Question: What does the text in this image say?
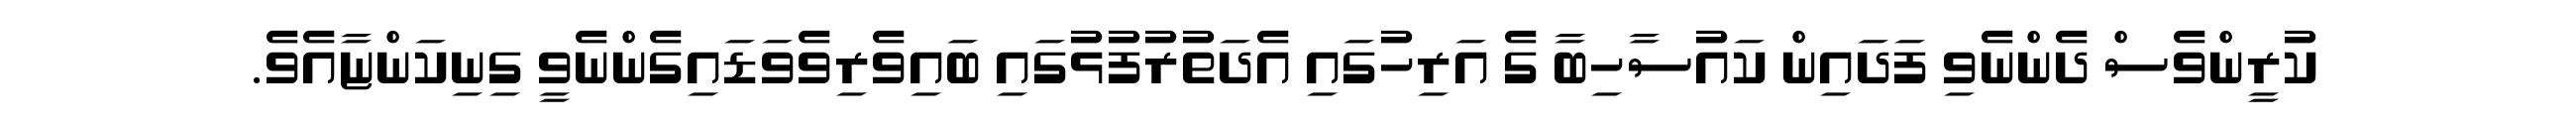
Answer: ކުރީންވެސް ދެންނެވި ފަދައިން ކައުސާހިބާ ގެ އަރިހުގައި އެދަތުރުފުޅުގައި ބައިވެރިވެވަޑައިގެންނެވީ ގިނިކަންޏާއެވެ.